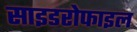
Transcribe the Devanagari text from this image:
साइडरोफाइल